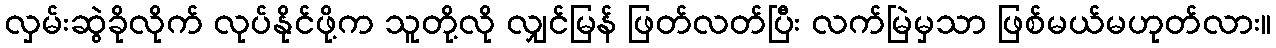
လှမ်းဆွဲခိုလိုက် လုပ်နိုင်ဖို့က သူတို့လို လျှင်မြန် ဖြတ်လတ်ပြီး လက်မြဲမှသာ ဖြစ်မယ်မဟုတ်လား။